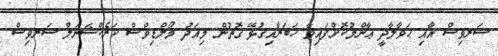
ސަރވިސް އާއި ޙަވާލާދީ ޢާންމުކޮށްފައިވާ ޚަބަރާއިގުޅޭ ގޮތުން މިއަދު މޯލްޑިވްސް ކަރެކްޝަނަލް ސަރވިސް